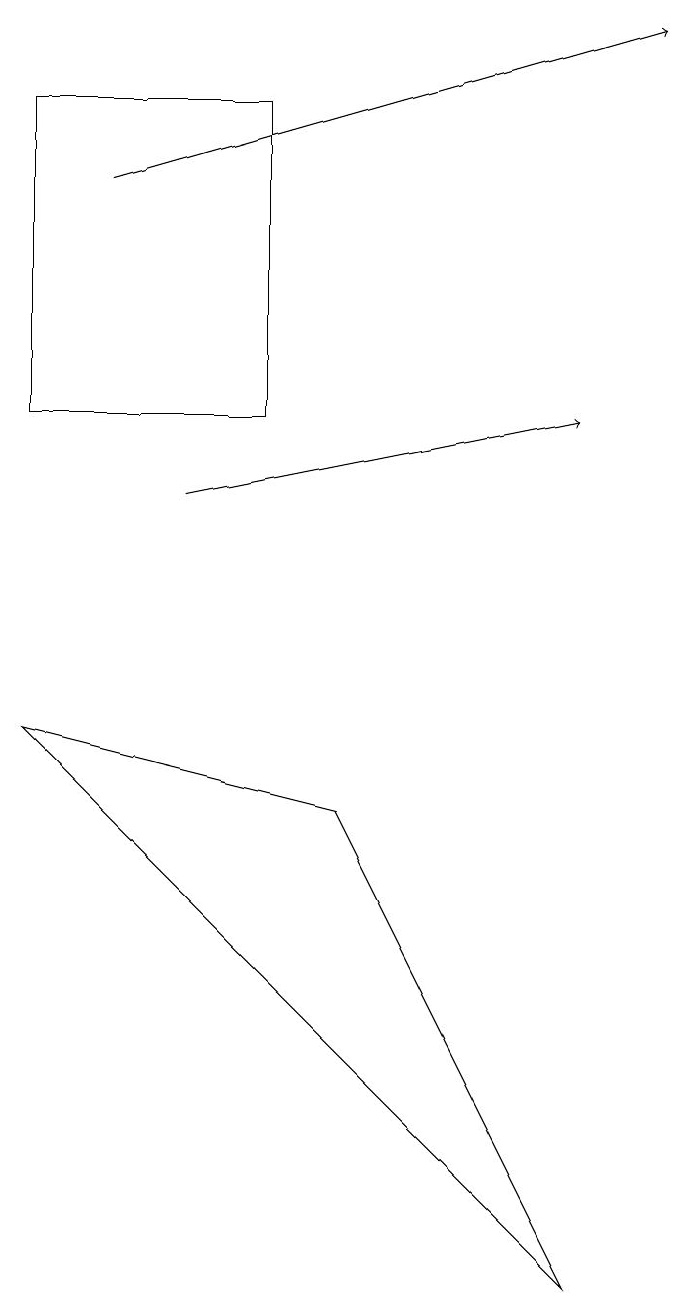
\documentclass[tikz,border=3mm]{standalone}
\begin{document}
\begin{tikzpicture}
\draw[->] (2,16) -- (9,18);
\draw[->] (3,12) -- (8,13);
\draw (1,13) rectangle (4,17);
\draw (8,2) -- (1,9) -- (5,8) -- cycle;
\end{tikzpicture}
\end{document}